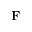
\mathbf { F }